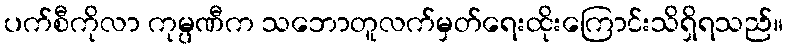
ပက်စီကိုလာ ကုမ္ပဏီက သဘောတူလက်မှတ်ရေးထိုးကြောင်းသိရှိရသည်။